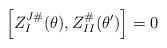
LaTeX: \begin{align*}\left[ Z_{I}^{J\#}(\theta ),Z_{II}^{\#}(\theta ^{\prime })\right] =0\end{align*}